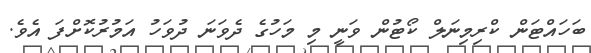
ބަހައްޓަން ކްރިމިނަލް ކޯޓުން ވަނީ މި މަހުގެ ދެވަނަ ދުވަހު އަމުރުކޮށްފަ އެވެ.